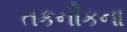
તકનીકના